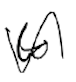
Text: to
Cross-out: wave
Writing tool: digital_black